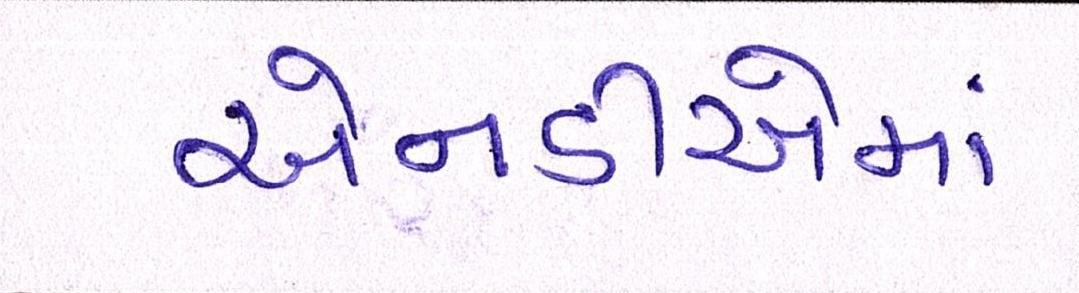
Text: એનડીએમાં